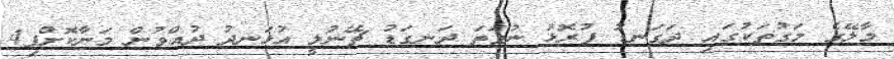
މާލޭގެ މަގުތަކުގައި ދަގަނޑު ފުރޮޅު ނުވަތަ ދަނގަޑު ޗޭނުލީ އުޅަނދު ދުއްވުން މަނާކޮށްފި4